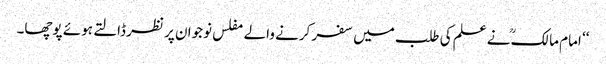
‘‘ امام مالکؒ نے علم کی طلب میں سفر کرنے والے مفلس نوجوان پر نظر ڈالتے ہوئے پوچھا۔